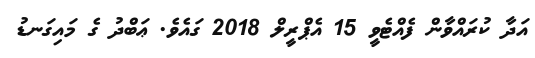
އަދާ ކުރައްވާން ފެއްޓެވީ 15 އެޕްރީލް 2018 ގައެވެ. ޢަބްދު ގެ މައިގަނޑު